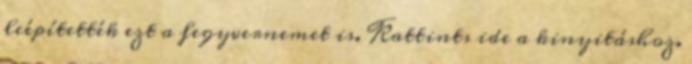
leépítették ezt a fegyvernemet is. Kattints ide a kinyitáshoz.